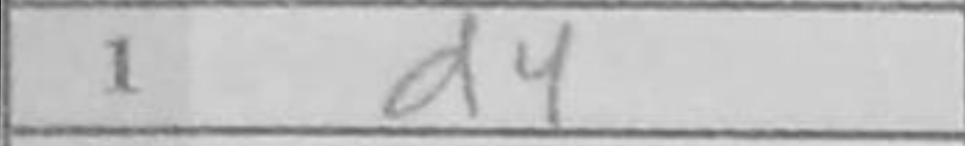
Transcription: d4